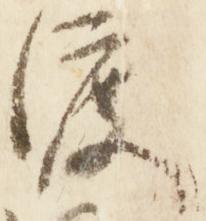
渡